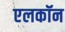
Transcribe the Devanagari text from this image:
एलकॉन